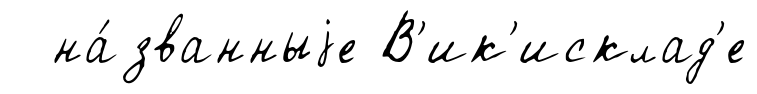
на́званныjе В'ик'исклад'е